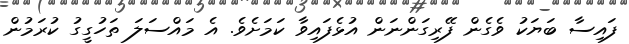
ފައިސާ ބަޔަކު ވެގެން ފޭރިގަންނަން އުޅެފައިވާ ކަމަށެވެ. އެ މައްސަލަ ތަހުގީގު ކުރަމުން